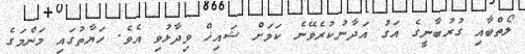
ލޯތްބާއި ގުރުބާނީގެ އަގު އަދާނުކުރެވޭނެ ކަމަށް ޝައިޚް ވިދާޅުވި އެވެ. ހަޔާތުގައި މަންމަގެ